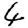
Digit: 4